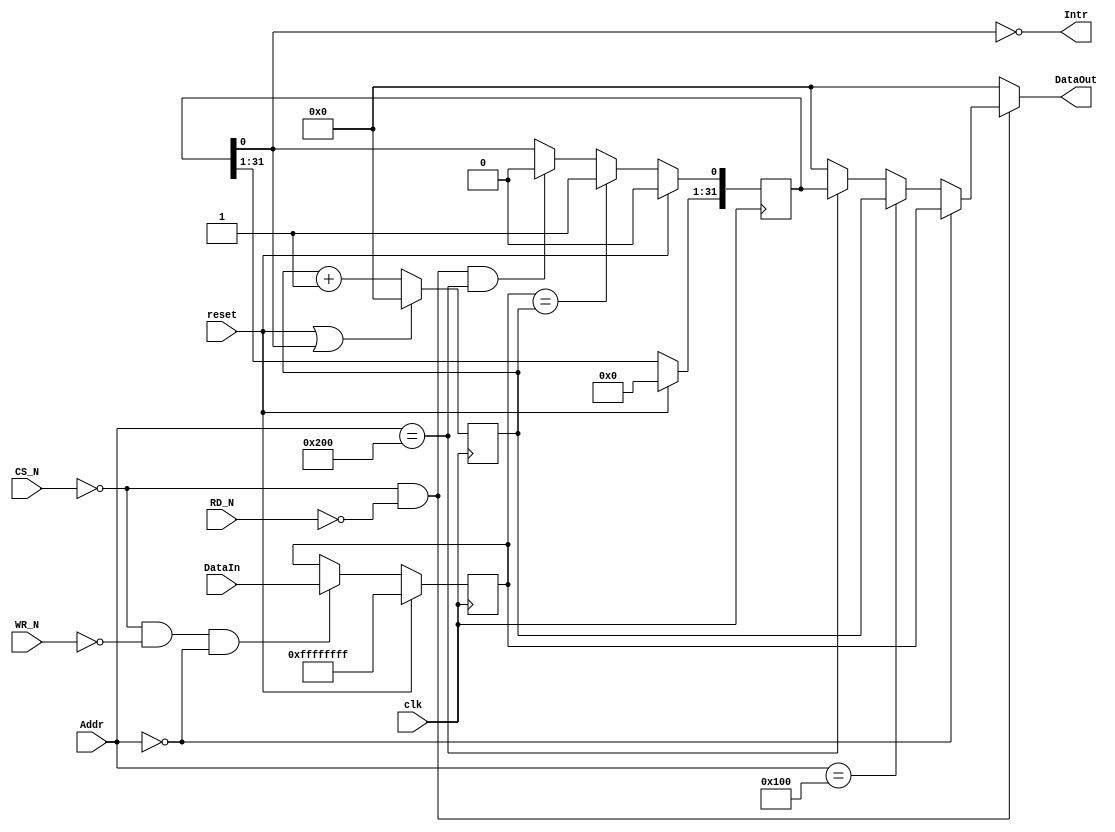
module TimerCounter(
  input clk,
  input reset,
  input CS_N,
  input RD_N,
  input WR_N,
  input [11:0] Addr,
  input [31:0] DataIn,
  output reg [31:0] DataOut,
  output Intr);
  

  reg [31:0] CompareR;
  reg [31:0] CounterR;
  reg [31:0] StatusR; 
  
    
//  ==============================
//  Timer registers 
//  ==============================
//  FFFF_0200 Status register  (Read-Only)
//  FFFF_0100 Counter register (Read-Only)
//  ------------------------------
//  FFFF_0000 Compare register (Read/Write)
//  ==============================


  // Compare Register Write
  always @(posedge clk)
  begin
    if(reset)                                        
          CompareR <=32'hFFFF_FFFF;
          
    else if(~CS_N && ~WR_N && (Addr[11:0]==12'h000))     
          CompareR <= DataIn;
          
  end
    

  // Status Register
  always @(posedge clk)
  begin      
    if (reset)
         StatusR <= 32'b0; 
    
    else if (CompareR == CounterR)
         StatusR[0] <= 1'b1;
         
    else if (~CS_N && ~RD_N && Addr[11:0] == 12'h200)
         StatusR[0] <= 1'b0;
    
  end   

  assign  Intr = ~StatusR[0];


  // Increment Counter in the Counter Register 
  // Reset conditions: 1. reset 2. when the counter value is equal to the compare register
  always @(posedge clk)
  begin      
    if(reset | StatusR[0])   CounterR <= 32'b0;
    else                      CounterR <= CounterR + 32'b1; 
  end


  // Register Read
  always @(*)
  begin
    if(~CS_N && ~RD_N)
    begin
      if      (Addr[11:0] == 12'h000) DataOut <= CompareR;
      else if (Addr[11:0] == 12'h100) DataOut <= CounterR;
      else if (Addr[11:0] == 12'h200) DataOut <= StatusR;
      else                            DataOut <= 32'b0;
     end
     else                             DataOut <= 32'b0;
  end
  
endmodule